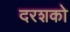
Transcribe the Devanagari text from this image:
दरशको